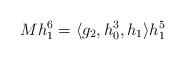
LaTeX: \begin{align*}M h_1^6 = \langle g_2, h_0^3, h_1 \rangle h_1^5\end{align*}